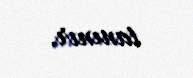
tanınır.